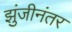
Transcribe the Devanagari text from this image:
झुंजीनंतर